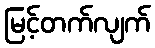
မြင့်တက်လျက်